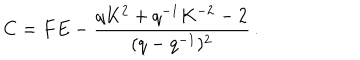
C = F E - \frac { q K ^ { 2 } + q ^ { - 1 } K ^ { - 2 } - 2 } { ( q - q ^ { - 1 } ) ^ { 2 } } \, . \nonumber